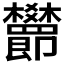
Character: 𬅖